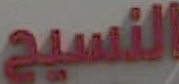
النسيج